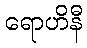
ရောဟိနီ